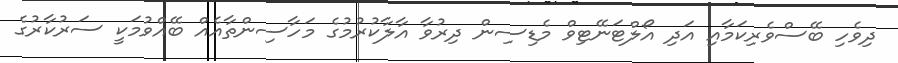
ދިވެހި ބޭސްވެެރިކަމާއި އަދި އޯލްޓަނޭޓިވް މެޑިސިން ދިރުވާ އާލާކުރުމުގެ މަހާސިންތާއެއް ބޭއްވުމަކީ ސަރުކާރުގެ